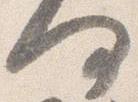
何